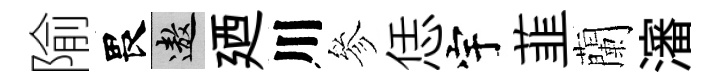
隃畏遨廼川參恁宇韮蘭瀋